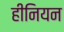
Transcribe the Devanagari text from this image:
हीनियन